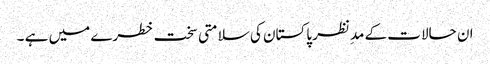
ان حالات کے مدِنظر پاکستان کی سلامتی سخت خطرے میں ہے ۔